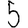
Digit: 5